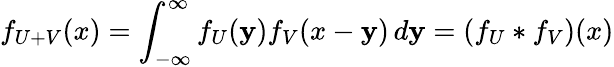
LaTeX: f_{U+V}(x)=\int_{-\infty}^{\infty}f_{U}(\mathbf{y})f_{V}(x-\mathbf{y})\, d\mathbf{y}=\left(f_{U}*f_{V}\right)(x)